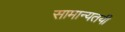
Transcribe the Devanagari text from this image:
सामान्यतयी